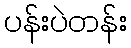
ပန်းပဲတန်း